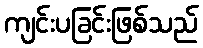
ကျင်းပခြင်းဖြစ်သည်